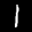
Label: 1